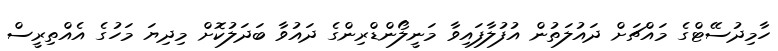
ހާމިދުސޭޓްގެ މައްޗަށް ދައުލަތުން އުފުލާފައިވާ މަނީލޯންޑްރިންގެ ދައުވާ ބަދަލުކޮށް މިދިޔަ މަހުގެ އެއްތިރީސް